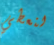
لنعطي